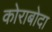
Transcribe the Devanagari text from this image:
कोराबोदा